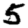
Digit: 5